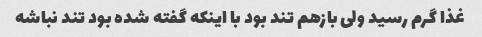
غذا گرم رسید ولی بازهم تند بود با اینکه گفته شده بود تند نباشه